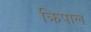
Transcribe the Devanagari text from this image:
क्रिपाल